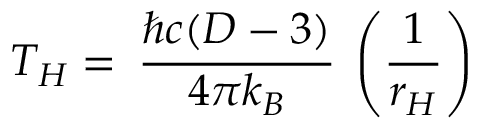
T _ { H } = \: \frac { \hbar c ( D - 3 ) } { 4 \pi k _ { B } } \: \left( \frac { 1 } { r _ { H } } \right)